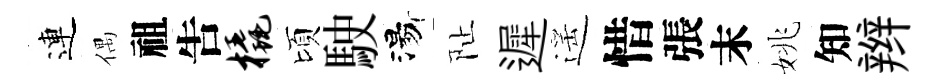
連偶祖吿橇頃駛湯阯遲遥惜張末姚知辫